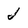
Character: j